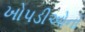
ખોપડીઓનો